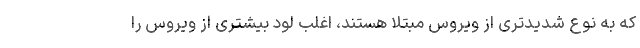
که به نوع شدیدتری از ویروس مبتلا هستند، اغلب لود بیشتری از ویروس را